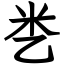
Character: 㐘